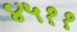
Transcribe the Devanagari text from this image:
४५११